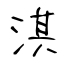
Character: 淇